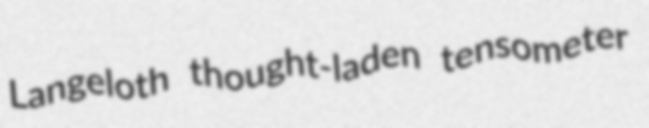
Langeloth thought-laden tensometer